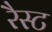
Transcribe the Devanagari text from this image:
रैस्ट